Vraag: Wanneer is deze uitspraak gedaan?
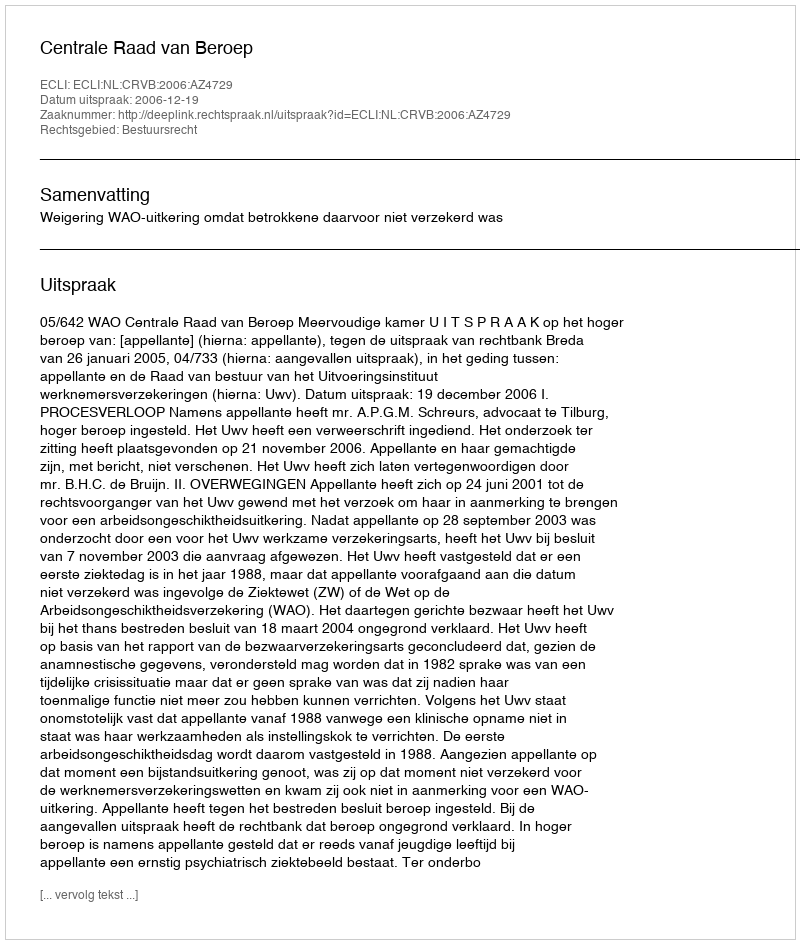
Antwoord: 2006-12-19